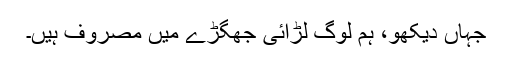
جہاں دیکھو، ہم لوگ لڑائی جھگڑے میں مصروف ہیں۔